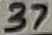
Text: 37